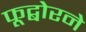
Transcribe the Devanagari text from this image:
फूद्बोरने